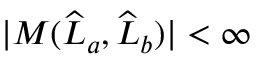
| M ( \widehat { L } _ { a } , \widehat { L } _ { b } ) | < \infty